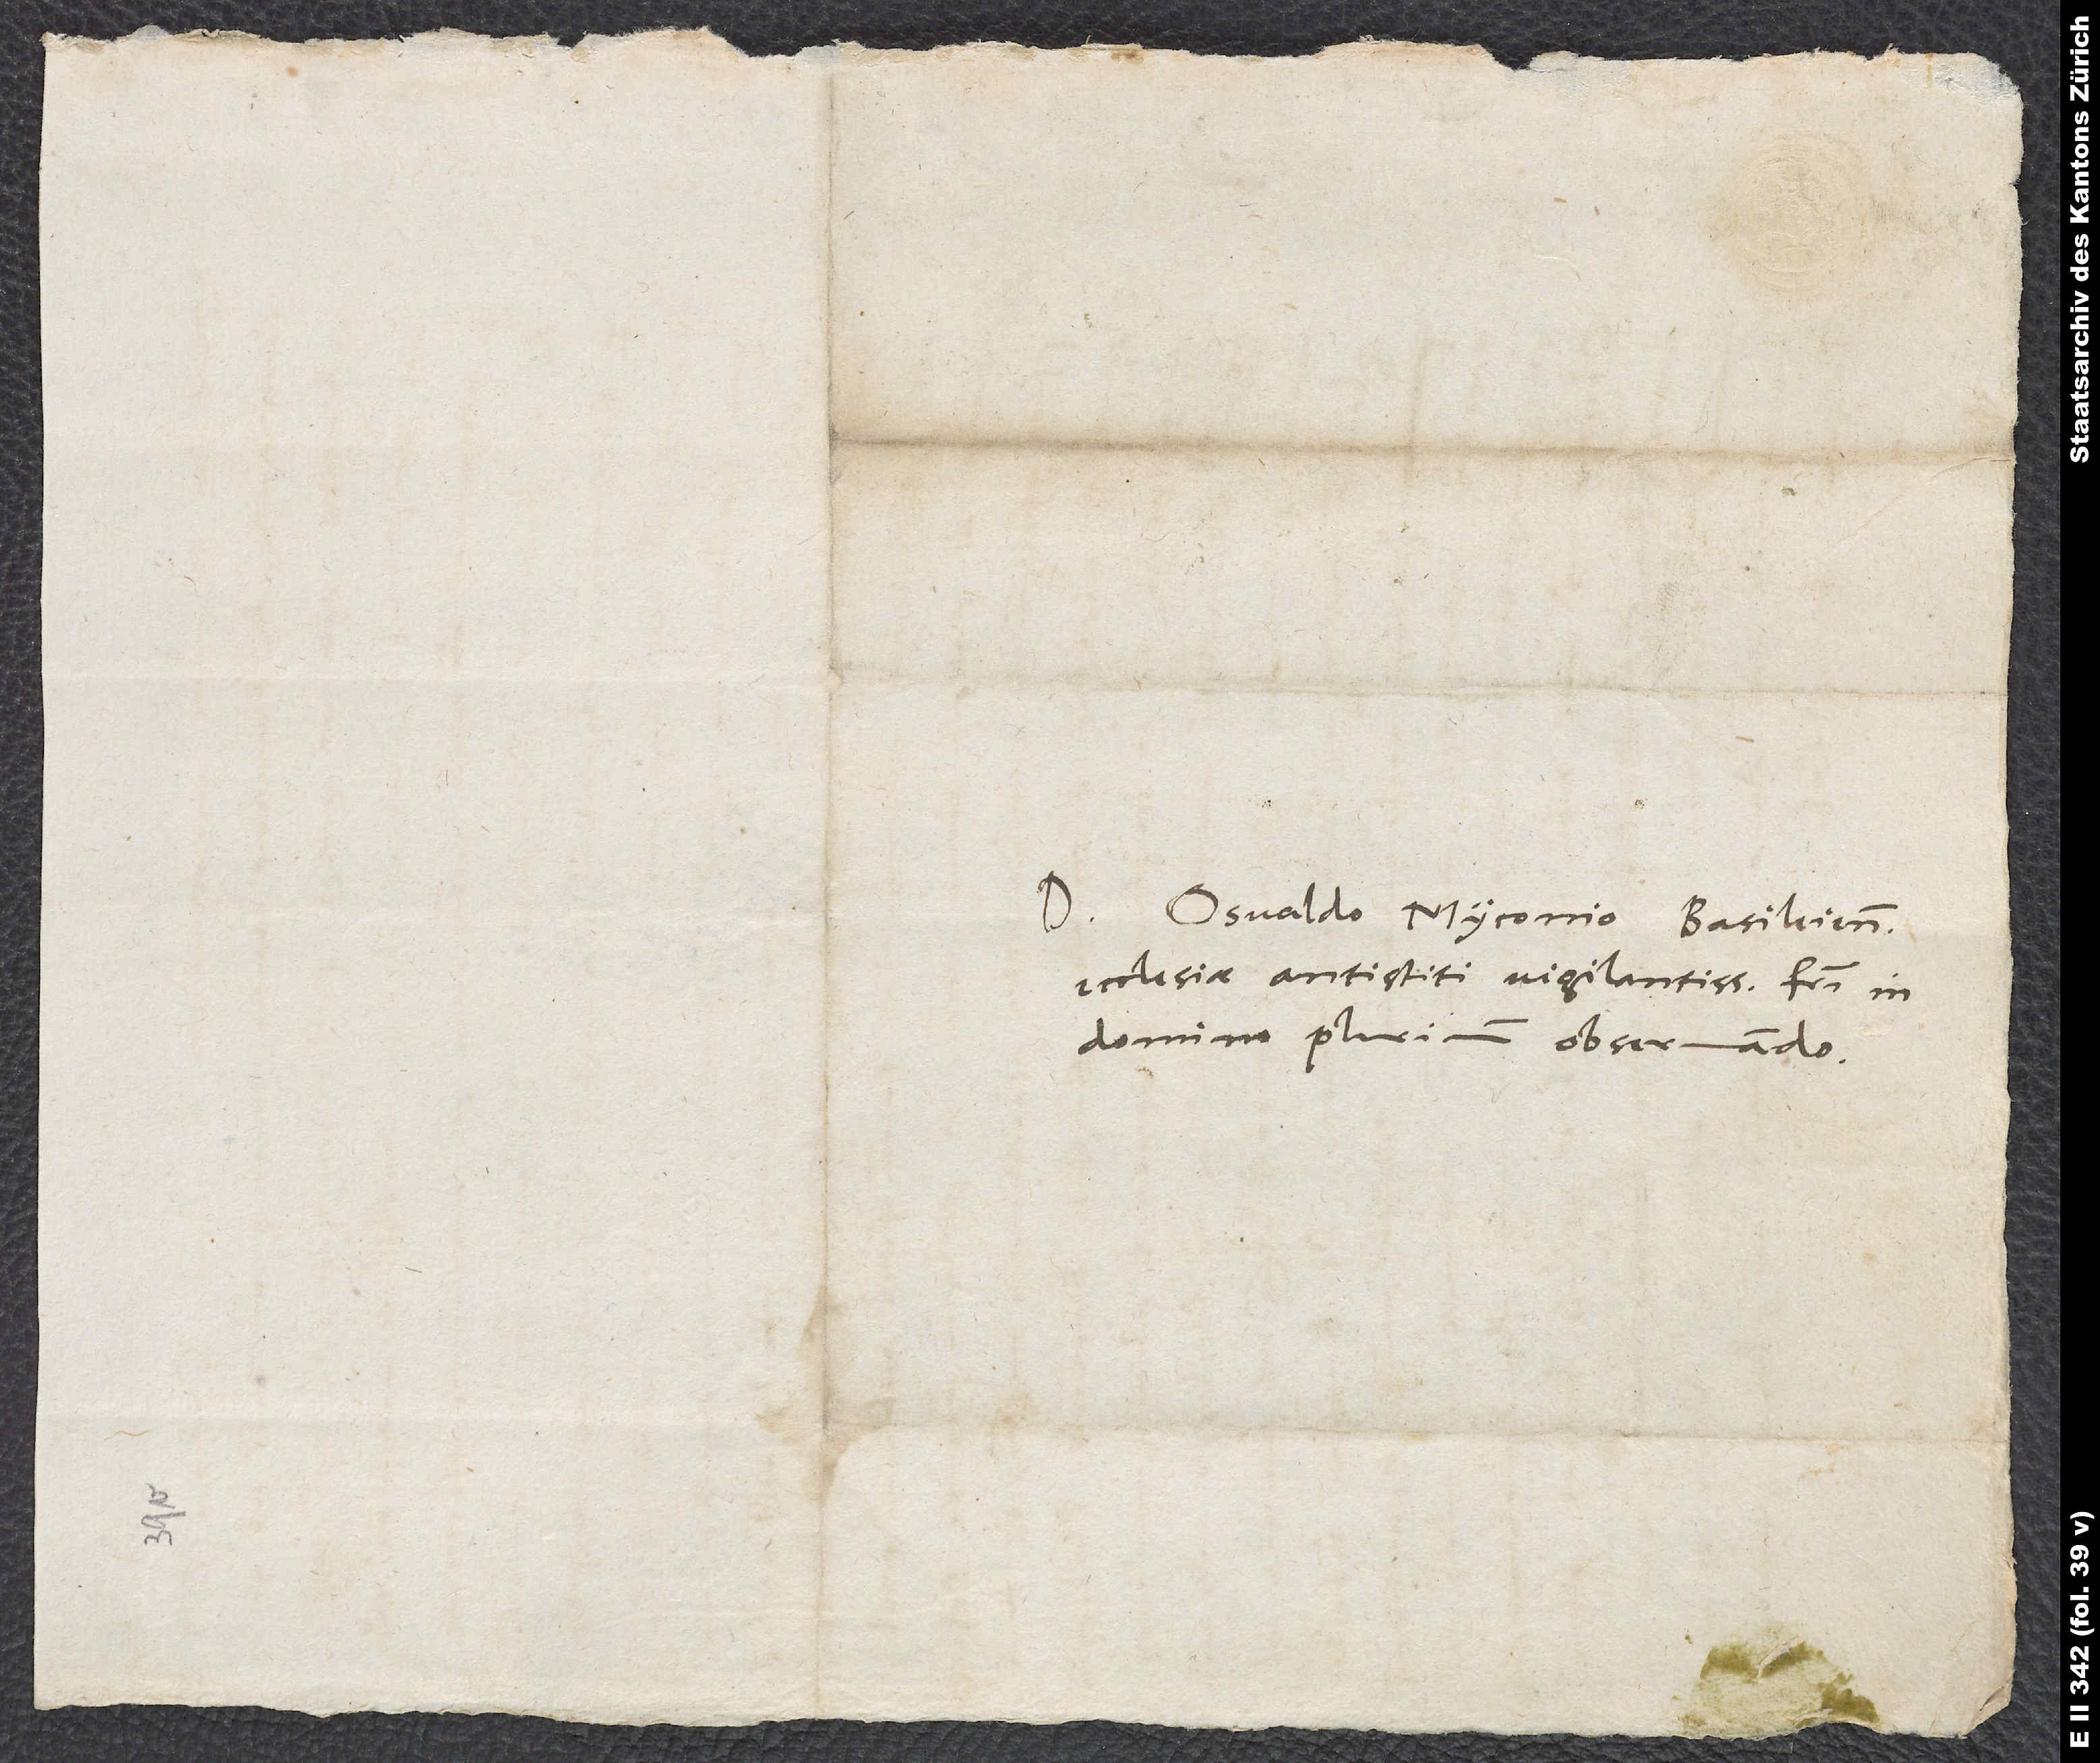
Domino Osvaldo Myconio, Basileiensis
ecclesiae antistiti vigilantissimo, fratri in
domino plurium observando.